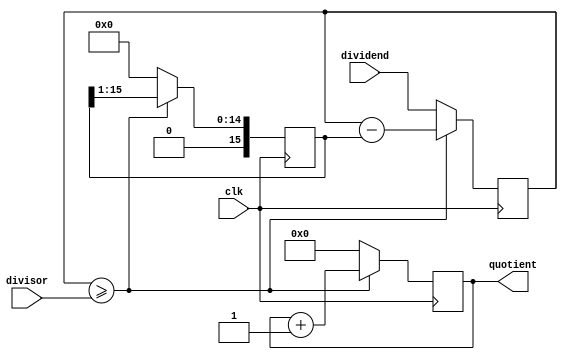
module ShiftAndSubtractDivider (
    input wire clk,
    input wire [31:0] dividend,
    input wire [15:0] divisor,
    output reg [15:0] quotient
);

reg [31:0] rem;
reg [15:0] shifted_divisor;

always @(posedge clk) begin
    if (rem >= divisor) begin
        rem <= rem - shifted_divisor;
        shifted_divisor <= shifted_divisor >> 1;
        quotient <= quotient + 1;
    end else begin
        shifted_divisor <= divisor << 16;
        rem <= dividend;
        quotient <= 0;
    end
end

endmodule